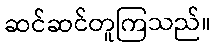
ဆင်ဆင်တူကြသည်။